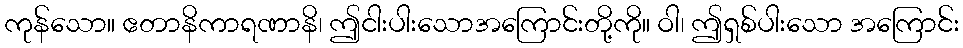
ကုန်သော။ ဧတာနိကာရဏာနိ၊ ဤငါးပါးသောအကြောင်းတို့ကို။ ဝါ၊ ဤရှစ်ပါးသော အကြောင်း